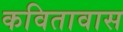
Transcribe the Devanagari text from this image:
कवितावास